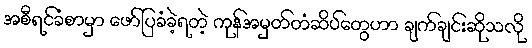
အစီရင်ခံစာမှာ ဖော်ပြခံခဲ့ရတဲ့ ကုန်အမှတ်တံဆိပ်တွေဟာ ချက်ချင်းဆိုသလို